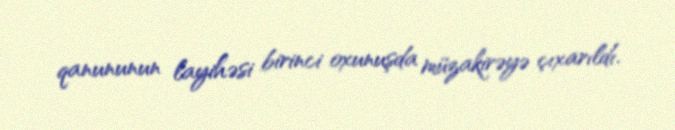
qanununun layihəsi birinci oxunuşda müzakirəyə çıxarıldı.